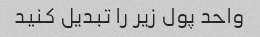
واحد پول زیر را تبدیل کنید